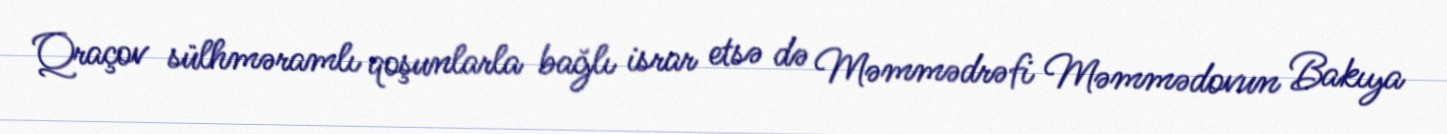
Qraçov sülhməramlı qoşunlarla bağlı israr etsə də Məmmədrəfi Məmmədovun Bakıya